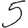
Digit: 5